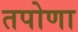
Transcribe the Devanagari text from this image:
तपोणा